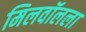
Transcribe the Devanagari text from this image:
मिलवॉलला